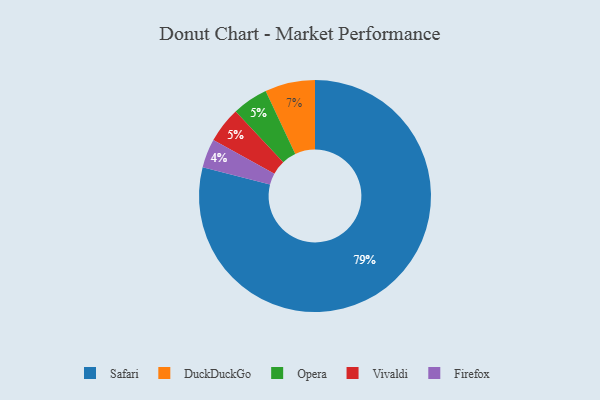
{"axis": {"x": "Category", "y": "Percentage"}, "legend": ["DuckDuckGo", "Firefox", "Opera", "Safari", "Vivaldi"], "data": [{"x": "Opera", "y": 5, "type": "Opera"}, {"x": "Safari", "y": 79, "type": "Safari"}, {"x": "Firefox", "y": 4, "type": "Firefox"}, {"x": "Vivaldi", "y": 5, "type": "Vivaldi"}, {"x": "DuckDuckGo", "y": 7, "type": "DuckDuckGo"}]}